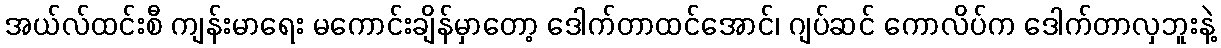
အယ်လ်ထင်းစီ ကျန်းမာရေး မကောင်းချိန်မှာတော့ ဒေါက်တာထင်အောင်၊ ဂျပ်ဆင် ကောလိပ်က ဒေါက်တာလှဘူးနဲ့